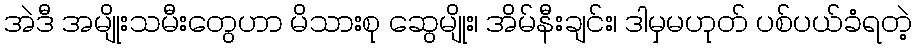
အဲဒီ အမျိုးသမီးတွေဟာ မိသားစု ဆွေမျိုး၊ အိမ်နီးချင်း၊ ဒါမှမဟုတ် ပစ်ပယ်ခံရတဲ့